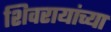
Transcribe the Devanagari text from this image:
शिवरायांच्या